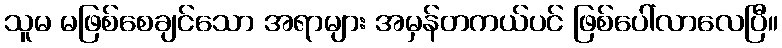
သူမ မဖြစ်စေချင်သော အရာများ အမှန်တကယ်ပင် ဖြစ်ပေါ်လာလေပြီ။